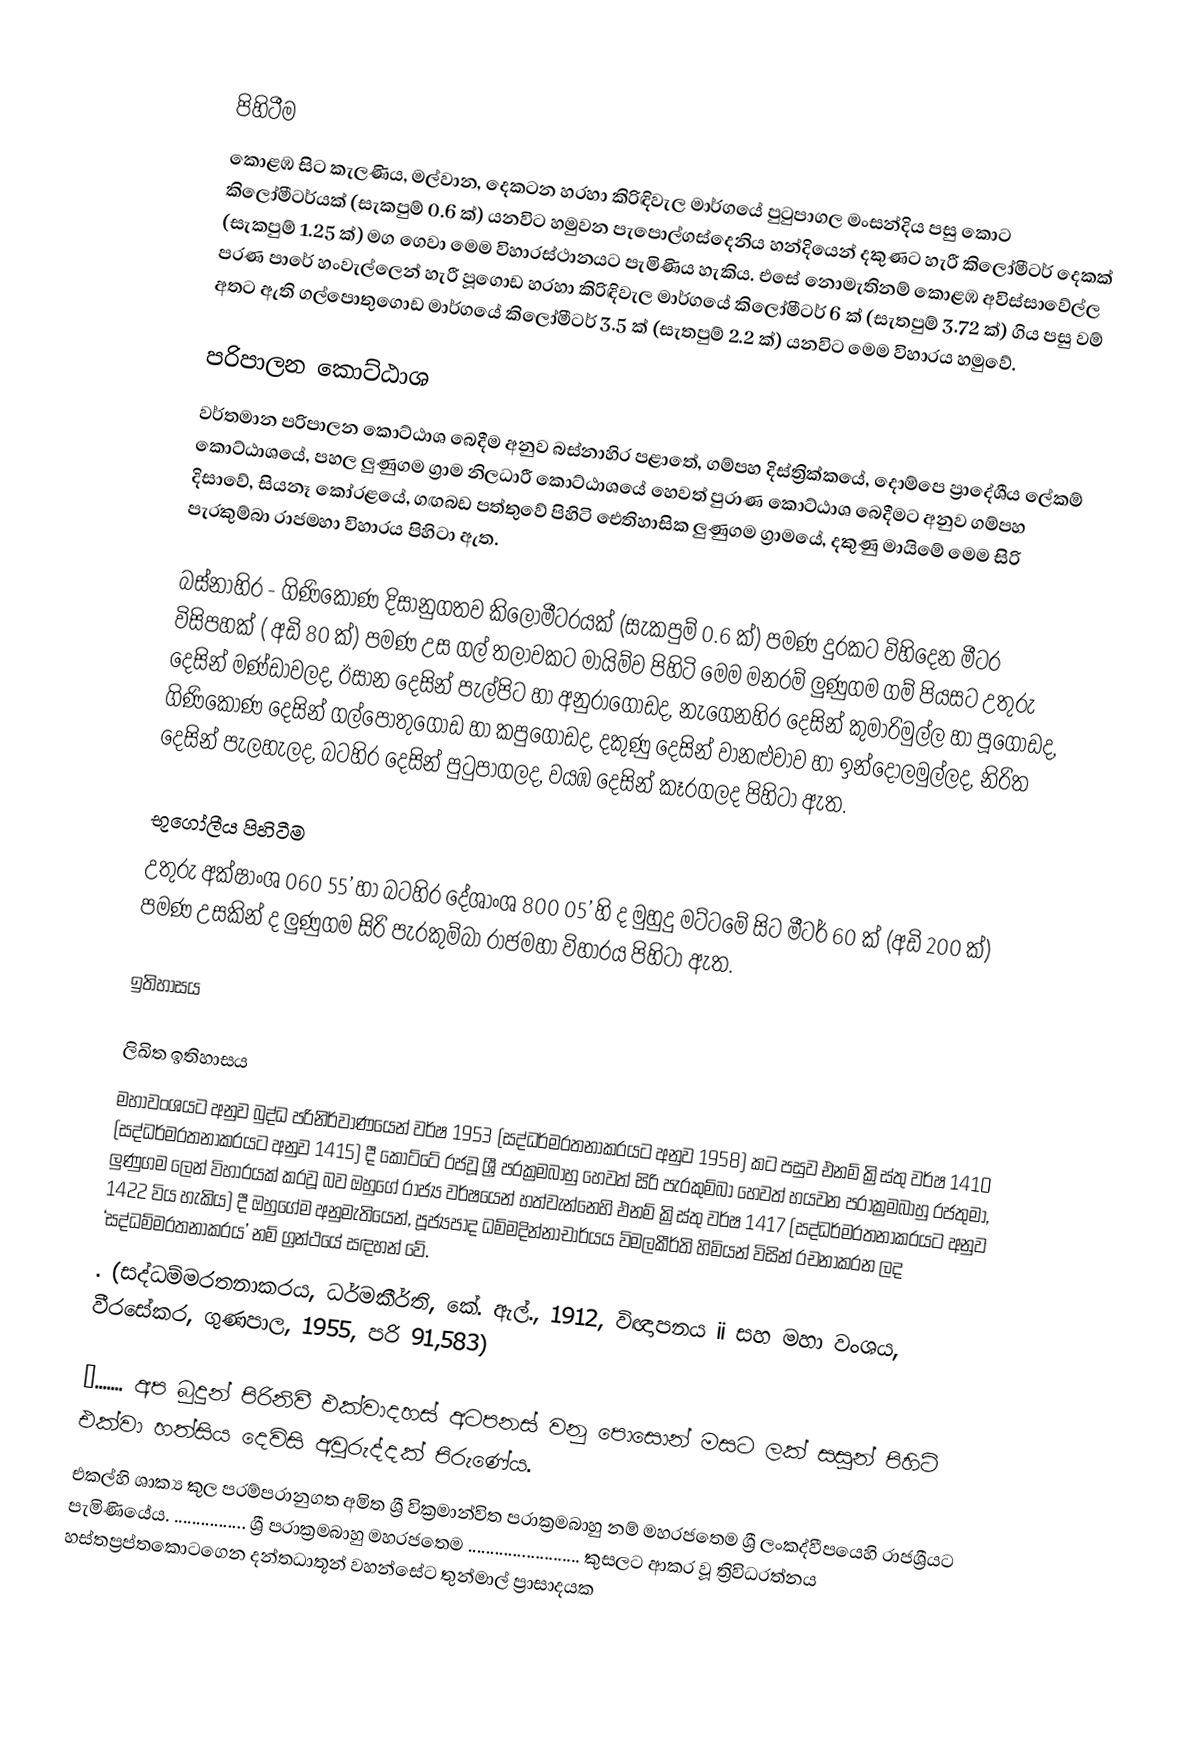

පිහිටීම
කොළඹ සිට කැලණිය, මල්වාන, දෙකටන හරහා කිරිඳිවැල මාර්ගයේ පුටුපාගල මංසන්දිය පසු කොට කිලෝමීටර්යක් (සැකපුම් 0.6 ක්) යනවිට හමුවන පැපෙ‍ාල්ගස්දෙනිය හන්දියෙන් දකුණට හැරී කිලෝමීටර් දෙකක් (සැකපුම් 1.25 ක්) මග ගෙවා මෙම විහාරස්ථානයට පැමිණිය හැකිය. එසේ ‍නොමැතිනම් කොළඹ අවිස්සාවේල්ල පරණ පාරේ හංවැල්ලෙන් හැරී පූගොඩ හරහා කිරිඳිවැල මාර්ගයේ කිලෝමීටර් 6 ක් (සැතපුම් 3.72 ක්) ගිය පසු වම් අතට ඇති ගල්පොතුගොඩ මාර්ගයේ කිලෝමීටර් 3.5 ක් (සැතපුම් 2.2 ක්) යනවිට මෙම විහාරය හමුවේ.

පරිපාලන කොට්ඨාශ
වර්තමාන පරිපාලන කොට්ඨාශ බෙදීම අනුව බස්නාහිර පළාතේ, ගම්පහ දිස්ත්‍රික්කයේ, දොම්පෙ ප්‍රාදේශීය ලේකම් කොට්ඨාශයේ, පහල ලුණුගම ග්‍රාම නිලධාරී කොට්ඨාශයේ හෙවත් පුරාණ කෙ‍ාට්ඨාශ බෙදීමට අනුව ගම්පහ දිසාවේ, සියනෑ කෝරළයේ, ගඟබඩ පත්තුවේ පිහිටි ඓතිහාසික ලුණුගම ග්‍රාමයේ, දකුණු මායිමේ මෙම සිරි පැරකුම්බා රාජමහා විහාරය පිහිටා ඇත.

බස්නාහිර - ගිණිකොණ දිසානුගතව කිලෝමීටරයක් (සැකපුම් 0.6 ක්) පමණ දුරකට විහිදෙන මීටර විසිපහක් ( අඩි 80 ක්) පමණ උස ගල් තලාවකට මායිම්ව පිහිටි මෙම මනරම් ලුණුගම ගම් පියසට උතුරු දෙසින් මණ්ඩාවලද, ඊසාන දෙසින් පැල්පිට හා අනුරාගොඩද, නැගෙනහිර දෙසින් කුමාරිමුල්ල හා පූගොඩද, ගිණිකොණ දෙසින් ගල්පොතුගොඩ හා කපුගොඩද, දකුණු දෙසින් වානළුවාව හා ඉන්දොලමුල්ලද, නිරිත දෙසින් පැලහැලද, බටහිර දෙසින් පුටුපාගලද, වයඹ දෙසින් කෑරගලද පිහිටා ඇත.

භූගෝලීය පිහිටීම
උතුරු අක්ෂාංශ 060 55’ හා බටහිර දේශාංශ 800 05’ හි ද මුහුදු මට්ටමේ සිට මීටර් 60 ක් (අඩි 200 ක්) පමණ උසකින් ද ‍ලුණුගම සිරි පැරකුම්බා රාජමහා විහාරය පිහිටා ඇත.

ඉතිහාසය

ලිඛිත ඉතිහාසය
මහාවංශයට අනුව බුද්ධ පරිනිර්වාණයෙන් වර්ෂ 1953 (සද්ධර්මරතනාකරයට අනුව 1958) කට පසුව එනම් ක්‍රිස්තු වර්ෂ 1410 (සද්ධර්මරතනාකරයට අනුව 1415) දී කෝට්ටේ රජවූ ශ්‍රී පරක්‍රමබාහු හෙවත් සිරි පැරකුම්බා හෙවත් හයවන පරාක්‍රමබාහු රජතුමා, ලුණුගම ලෙන් විහාරයක් කරවූ බව ඔහුගේ රාජ්‍ය වර්ෂයෙන් හත්වැන්නෙහි එනම් ක්‍රිස්තු වර්ෂ 1417 (සද්ධර්මරතනාකරයට අනුව 1422 විය හැකිය) දී ඔහුගේම අනුමැතියෙන්, පූජ්‍යපාද ධම්මදින්නාචාර්යය විමලකීර්ති හිමියන් විසින් රචනාකරන ලද ‘සද්ධම්මරතනාකරය’ නම් ග්‍රන්ථයේ සඳහන් වේ.
                            . (සද්ධම්මරතනාකරය, ධර්මකීර්ති, කේ. ඇල්., 1912, විඥාපනය ii සහ මහා වංශය, වීරසේකර, ගුණපාල, 1955, පරි 91,583)

“....... අප බුදුන් පිරිනිවී එක්වාදහස් අටපනස් වනු පොසොන් මසට ලක් සසුන් පිහිටි එක්වා හත්සිය දෙවිසි අවුරුද්දක් පිරුණේය.
එකල්හි ශාක්‍ය කුල පරම්පරානුගත අමිත ශ්‍රී වික්‍රමාන්විත පරාක්‍රමබාහු නම් මහරජතෙම ශ්‍රී ලංකද්වීපයෙහි රාජශ්‍රීයට පැමිණියේය. ................ ශ්‍රී පරාක්‍රමබාහු මහරජතෙම ......................... කුසලට ආකර වූ ත්‍රිවිධරත්නය හස්තප්‍රප්තකොටගෙන දන්තධාතූන් වහන්සේට තුන්මාල් ප්‍රාසාදයක